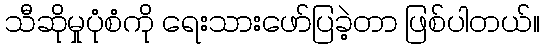
သီဆိုမှုပုံစံကို ရေးသားဖော်ပြခဲ့တာ ဖြစ်ပါတယ်။